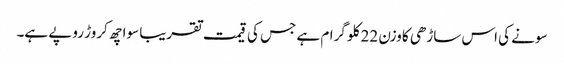
سونے کی اس ساڑھی کا وزن 22 کلو گرام ہے جس کی قیمت تقریبا سوا چھ کروڑ روپے ہے۔